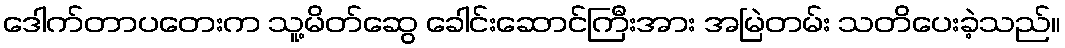
ဒေါက်တာပတေးက သူ့မိတ်ဆွေ ခေါင်းဆောင်ကြီးအား အမြဲတမ်း သတိပေးခဲ့သည်။